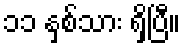
၁၁ နှစ်သား ရှိပြီ။